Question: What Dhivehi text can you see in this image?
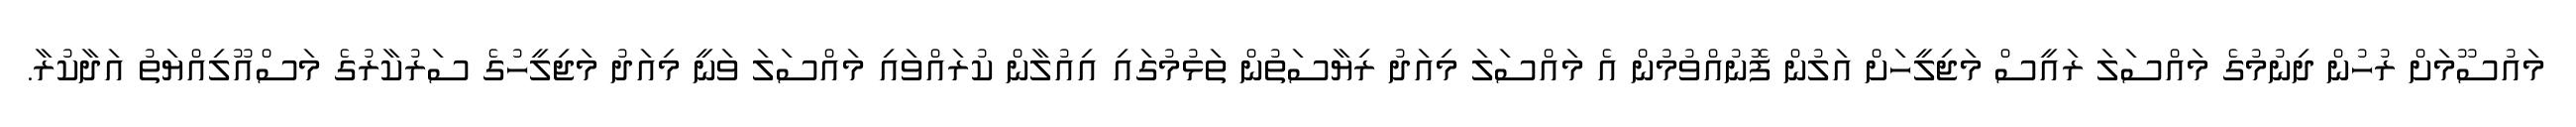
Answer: މައުސޫމަށް ރުހުން ދިނުމުގެ މައްސަލަ ރައީސް މަޖިލީހަށް އަލުން ފޮނުއްވުމުން އެ މައްސަލަ މިއަދު ރިޔާސަތުން ތަޅުމުގައި އިއުލާން ކުރައްވައި މައްސަލަ ވަނީ މިއަދު މަޖިލީހުގެ ސަރުކާރުގެ މަސްއޫލިއްޔަތު އަދާކުރާ.